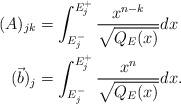
LaTeX: \begin{align*}(A)_{jk} &= \int_{E_j^-}^{E_j^+} \frac{x^{n-k}}{\sqrt{Q_E(x)}}dx \\(\vec{b})_j &= \int_{E_j^-}^{E_j^+} \frac{x^n}{\sqrt{Q_E(x)}}dx.\end{align*}